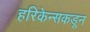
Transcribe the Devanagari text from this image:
हरिकेन्सकडून